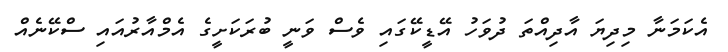
އެކަމަނާ މިދިޔަ އާދިއްތަ ދުވަހު އޭޑީކޭގައި ވެސް ވަނީ ބުރަކަށީގެ އެމްއާރުއައި ސްކޭނެއް